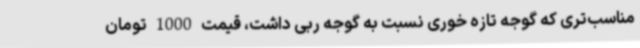
مناسب‌تری که گوجه تازه خوری نسبت به گوجه ربی داشت، قیمت 1000 تومان